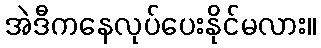
အဲဒီကနေလုပ်ပေးနိုင်မလား။